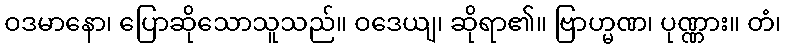
ဝဒမာနော၊ ပြောဆိုသောသူသည်။ ဝဒေယျ၊ ဆိုရာ၏။ ဗြာဟ္မဏ၊ ပုဏ္ဏား။ တံ၊